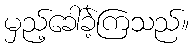
မှည့်ခေါ်ခဲ့ကြသည်။